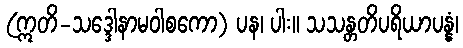
(ဣတိ-သဒ္ဒေါနာမဝါစကော) ပန၊ ပါး။ သသန္တတိပရိယာပန္နံ၊